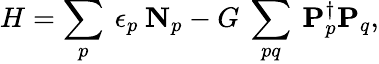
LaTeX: H=\sum_{p}\: \epsilon_{p}\: \mathbf{N}_{p}-G\: \sum_{pq}\: \mathbf{P}_{p}^{\dagger}\mathbf{P}_{q},